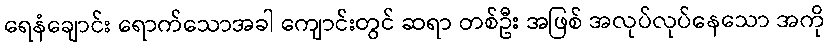
ရေနံချောင်း ရောက်သောအခါ ကျောင်းတွင် ဆရာ တစ်ဦး အဖြစ် အလုပ်လုပ်နေသော အကို